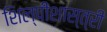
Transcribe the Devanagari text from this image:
शिल्पीशास्त्री